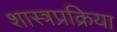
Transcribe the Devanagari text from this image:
शास्त्रप्रक्रिया